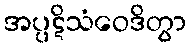
အပ္ပဋိသံဝေဒိတွာ